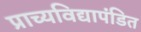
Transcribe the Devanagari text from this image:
प्राच्यविद्यापंडित